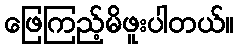
ဖြေကြည့်မိဖူးပါတယ်။